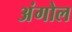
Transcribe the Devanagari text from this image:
अंगोल